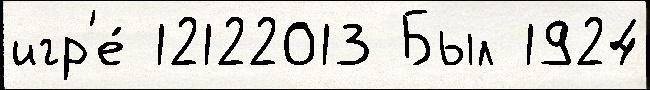
игр'е́ 12122013 Был 1924